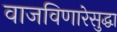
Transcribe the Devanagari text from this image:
वाजविणारेसुद्धा